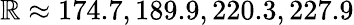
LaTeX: \mathbb{R}\approx174.7,189.9,220.3,227.9